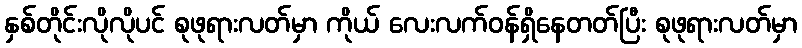
နှစ်တိုင်းလိုလိုပင် စုဖုရားလတ်မှာ ကိုယ် လေးလက်ဝန်ရှိနေတတ်ပြီး စုဖုရားလတ်မှာ